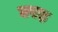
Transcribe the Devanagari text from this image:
उएह